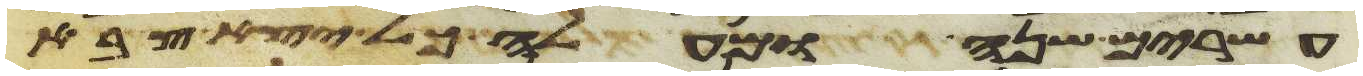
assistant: עשרים שנה ומעלה כל יצא צבא